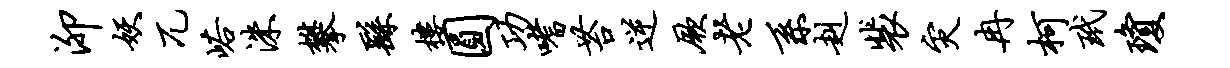
泖妖兀峪洙攀繇楼圆功嗜苔逆厥老系赳裴灾冉柯玳琼